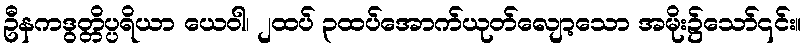
ဦနကဒွတ္တိပ္ပရိယာ ယေဝါ၊ ၂ထပ် ၃ထပ်အောက်ယုတ်လျော့သော အမိုး၌သော်၎င်း။